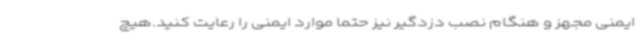
ایمنی مجهز و هنگام نصب دزدگیر نیز حتماً موارد ایمنی را رعایت کنید.هیچ